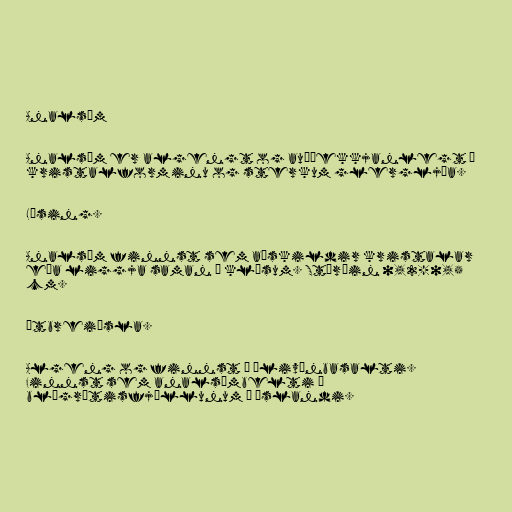
Analsím

Analsím er algengt og auðþekkjanlegt á
kristalforminu og sterkum glergljáa.

Lýsing.

Analsím finnst sem aðskildir kristalar
eða liggja saman í klösum. Stærðin 0,2-0,5
cm.

Útbreiðsla.

Algeng og finnst í ólivínbasalti.
Finnst sem analsímbelti í
blágrýtisfjöllunum á Íslandi.